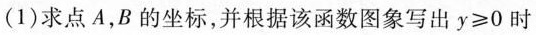
(1)求点A，B的坐标，并根据该函数图象写出$$y ≥ 0$$时